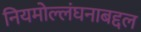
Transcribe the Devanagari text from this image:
नियमोल्लंघनाबद्दल